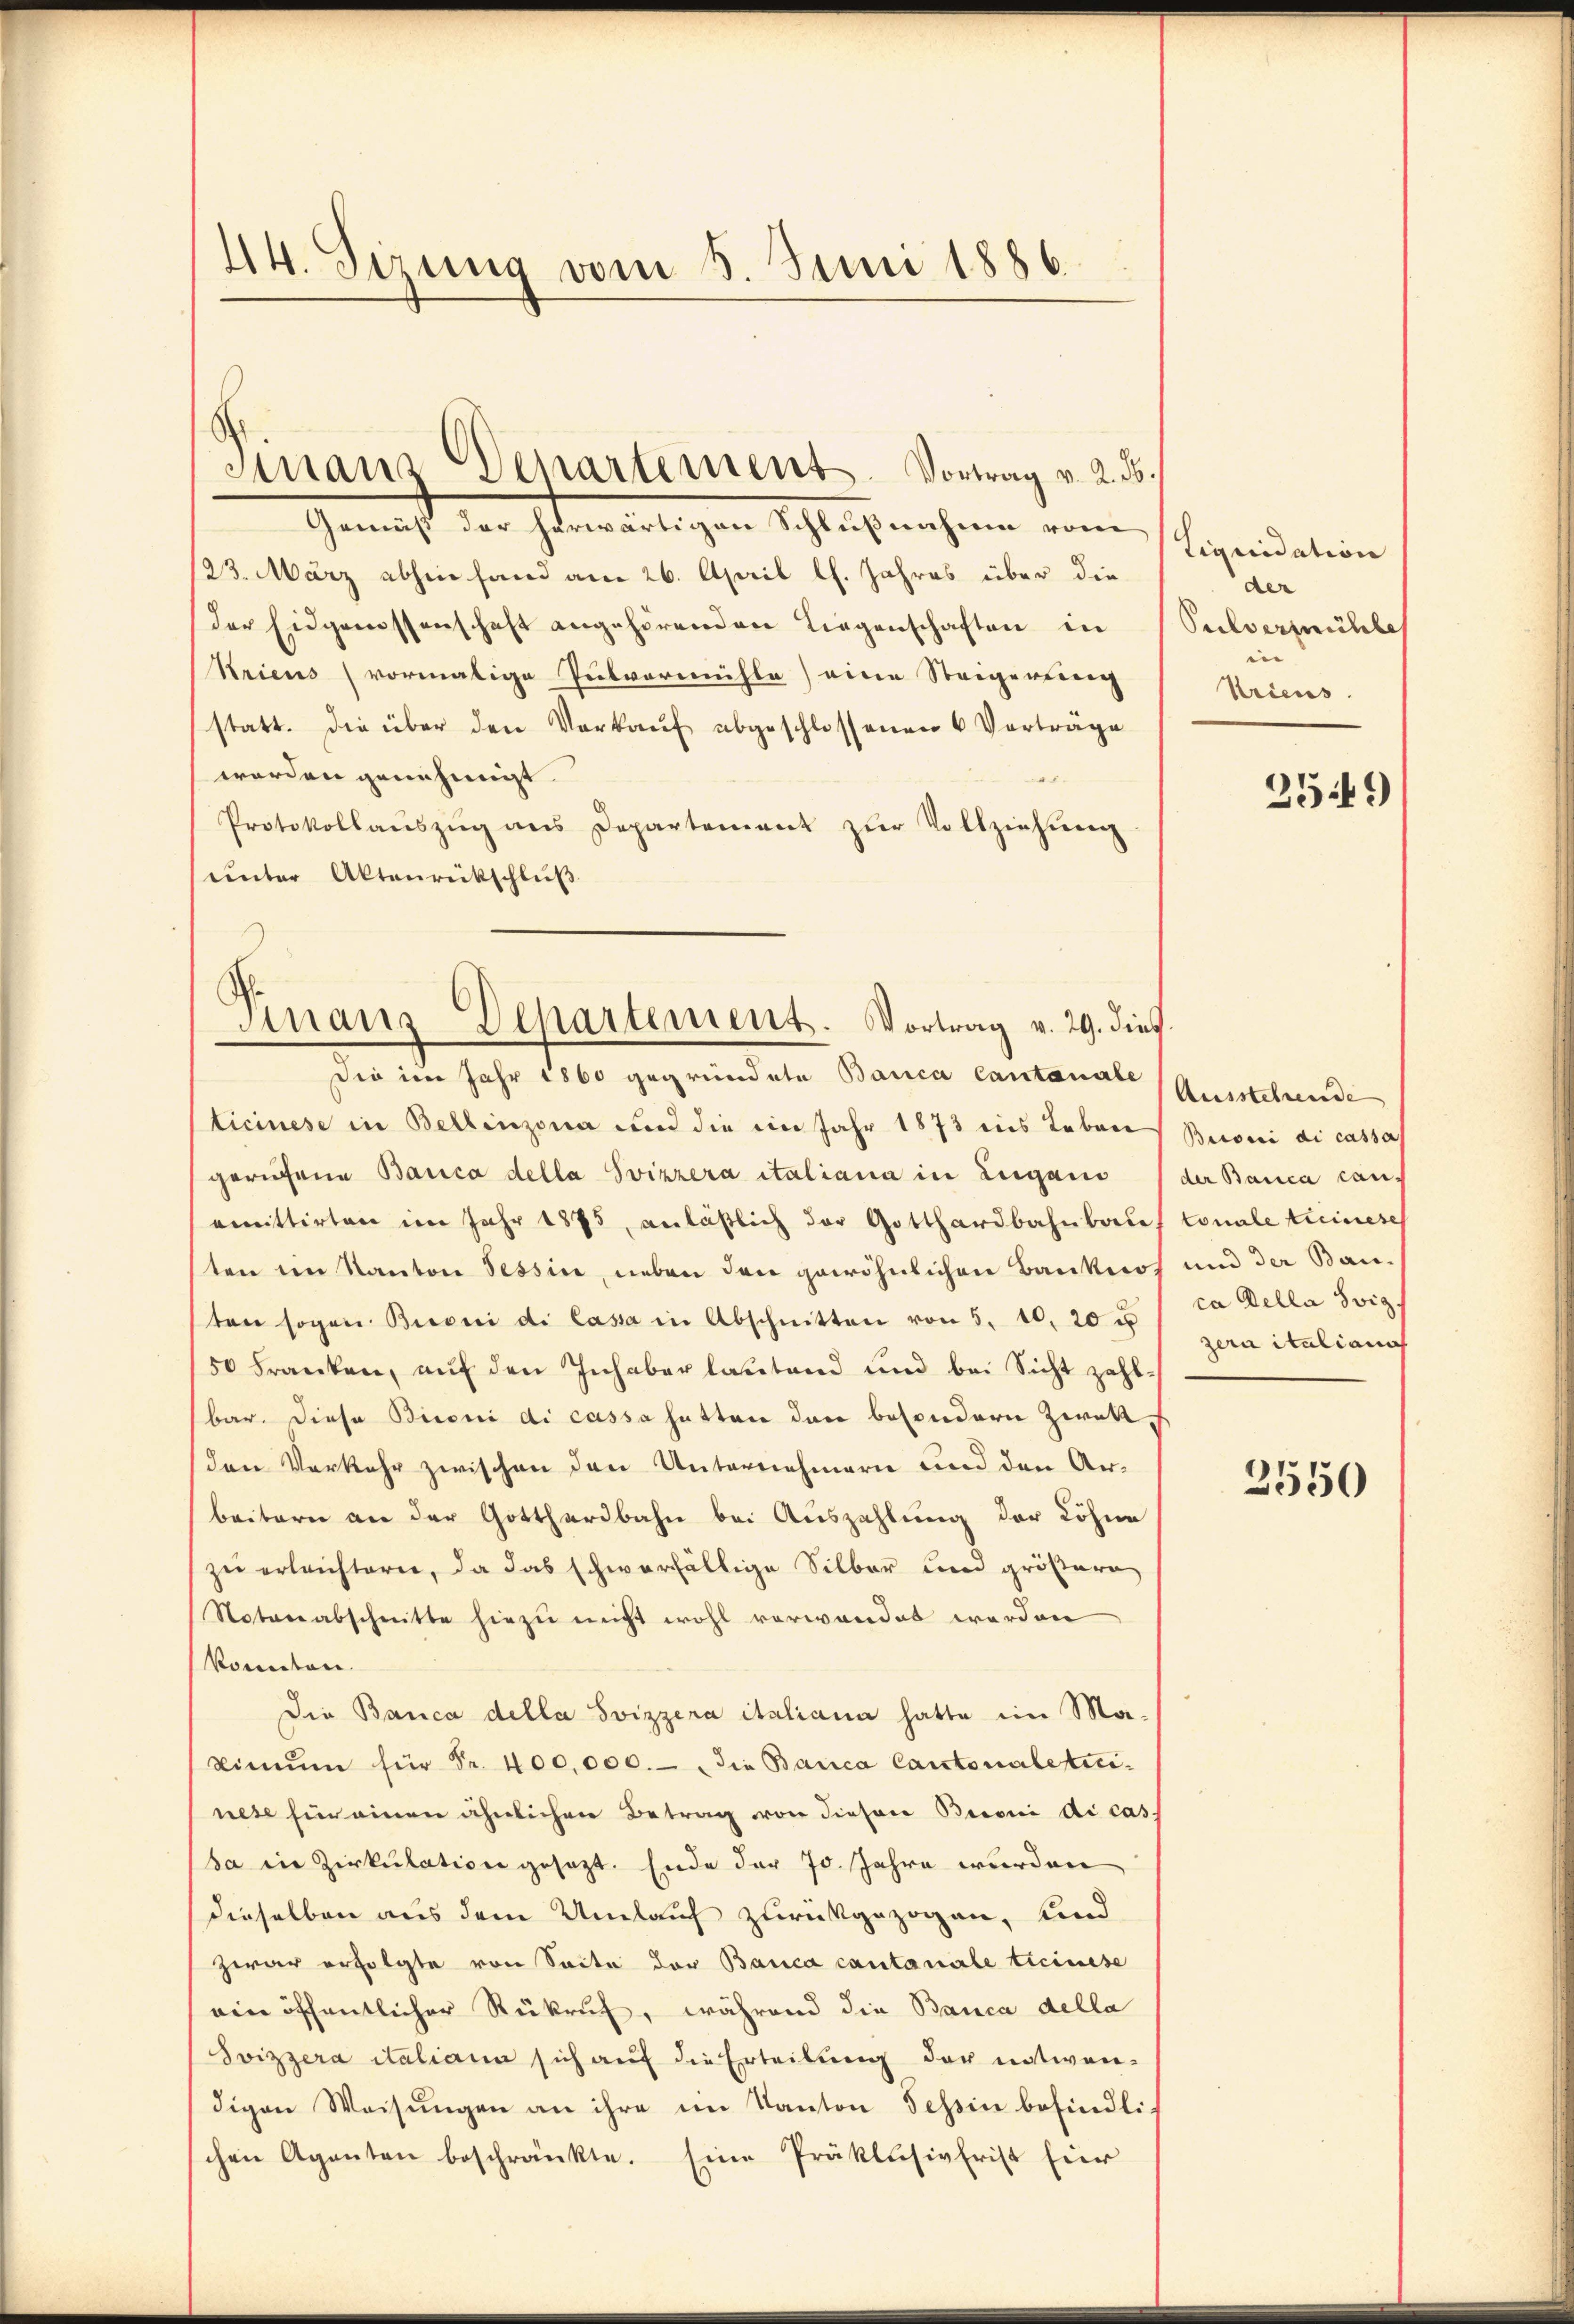
44. Sirung vom 5. Juni 1886.

Gemäß der herwärtigen Schlußnahme vom
123. März abhin fand am 26. April l. Jahres über die
der Eidgenossenschaft angehörenden Liegenschaften in
Kriens vormalige Pulvermühle) eine Steigerterig
statt. Die über den Verkaŭf abgeschlossenen 6 Vorträge
worden genehmigt.
.
Protokollaŭszŭg ans Departement zŭr Vollzeichnee
unter Aktenrückschluß
Einaus Departement. Vortrag v. 29. dies

Finanz Departements-Vortrag v. 2. ds.

Die im Jahr 1860 gegründete Banca Cantonale Ausstehende

ticinese in Bellinzona und die im Jahr 1873 ins Leben Besei di cassa
gerufene Banca della Svizzera italiana in Lugano (der Banca can-
emittirten im Jahr 1875, anläβlich der Gotthardbahnbaues tonale treinese
ten im Kanton Tessin, neben den gewöhnlichen Banknos und der Bau-
ten sogen Bieoni di Cassa in Abschnitten von 5. 10. 20 u
50 Franken, aŭf den Inhaber lautend und bei Sicht zahl-
bar. Diese Bironi di cassa hatten den besondern Zwekden Verkehr zwischen den Unternehmern und den Arbeitern an der Gotthardbahn bei Auszahlung der Löhne
zu erleichtern, da das schwerfällige Silber und größere
Noterabschnitte hiezu nicht wohl verwandet werden
konnten.
Die Banca della Svizzera italiana hatte im Ma-
Dimŭm für Fr. 400,000.- die Banca Cantonaletinnese für einen ähnlichen Betrag von diesen Beroni di cas,
sa in Zirkulation gesezt. Ende der 70. Jahre wurden
dieselben aus dem Umlauf zurückgezogen, und
zwar erfolgte von Seite der Banca cantonale Ticinese
ein öffentlicher Rükruf, während die Banca della
Svizzera italiana sich auf die Erteilung der entwen-
digen Weisŭngen an ihre im Kanton Tessin befindlich
schen Agenten beschränkte. Eine Präklusivfrist für

tiquidation
der
Pulvermühle
i
Kricus.

2549)

ca della Sviz
zera italianis

2550